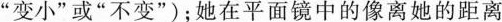
”变小”或”不变”)；她在平面镜中的像离她的距离